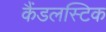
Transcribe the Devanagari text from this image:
कैंडलस्टिक